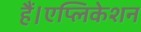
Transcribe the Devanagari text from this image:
हैं।एप्लिकेशन